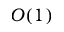
O ( 1 )